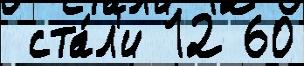
 ста́л'и 12 60